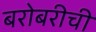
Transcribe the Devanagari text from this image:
बरोबरीची